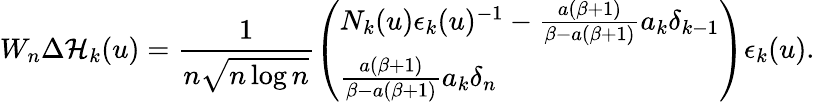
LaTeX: W_{n}\Delta\mathcal{H}_{k}(u)=\frac{1}{n\sqrt{n\log n}}\left(\begin{array}{l}{N_{k}(u)\epsilon_{k}(u)^{-1}-\frac{a(\beta+1)}{\beta-a(\beta+1)}a_{k}\delta_{k-1}}\\ {\frac{a(\beta+1)}{\beta-a(\beta+1)}a_{k}\delta_{n}}\end{array}\right)\epsilon_{k}(u).